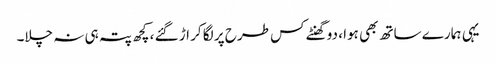
یہی ہمارے ساتھ بھی ہوا ، دو گھنٹے کس طرح پر لگا کر اڑ گئے ، کچھ پتہ ہی نہ چلا۔